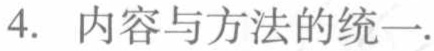
4. 内容与方法的统一.